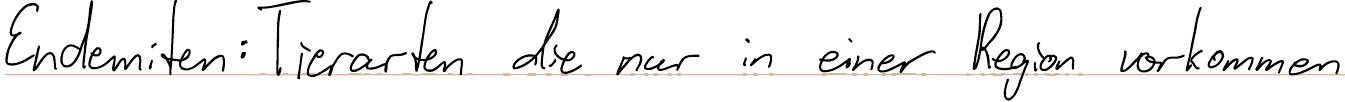
Endemiten: Tierarten die nur in einer Region vorkommen